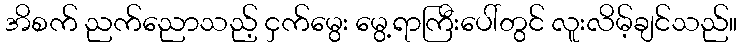
အိစက် ညက်ညောသည့် ငှက်မွေး မွေ့ရာကြီးပေါ်တွင် လူးလိမ့်ချင်သည်။